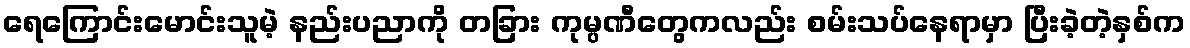
ရေကြောင်းမောင်းသူမဲ့ နည်းပညာကို တခြား ကုမ္ပဏီတွေကလည်း စမ်းသပ်နေရာမှာ ပြီးခဲ့တဲ့နှစ်က